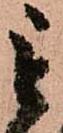
毛